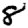
Digit: 8